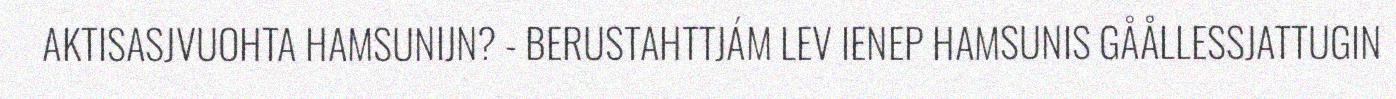
AKTISASJVUOHTA HAMSUNIJN? - BERUSTAHTTJÁM LEV IENEP HAMSUNIS GÅÅLLESSJATTUGIN